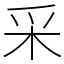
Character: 采